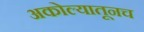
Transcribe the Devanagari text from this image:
अकोल्यातूनच